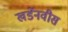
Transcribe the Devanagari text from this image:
खर्डेनवीस